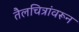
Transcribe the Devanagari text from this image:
तैलचित्रांवरून